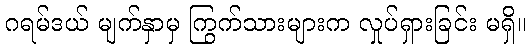
ဂရမ်ဒယ် မျက်နှာမှ ကြွက်သားများက လှုပ်ရှားခြင်း မရှိ။